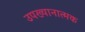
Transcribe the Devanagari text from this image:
उपख्यानात्मक